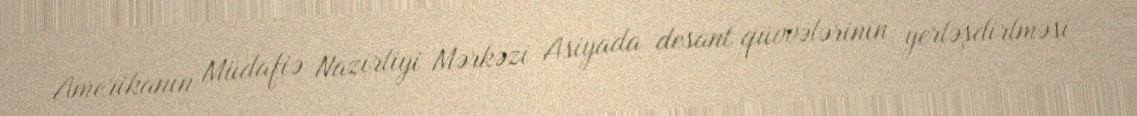
Amerikanın Müdafiə Nazirliyi Mərkəzi Asiyada desant qüvvələrinin yerləşdirlməsi